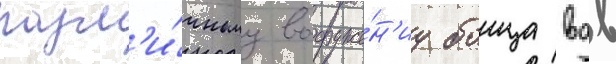
разл'и́чному вооруже́н'иу боица вдв